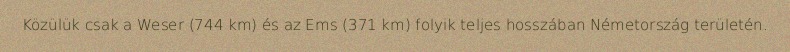
Közülük csak a Weser (744 km) és az Ems (371 km) folyik teljes hosszában Németország területén.